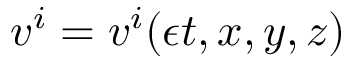
v ^ { i } = v ^ { i } ( { \epsilon } t , x , y , z )